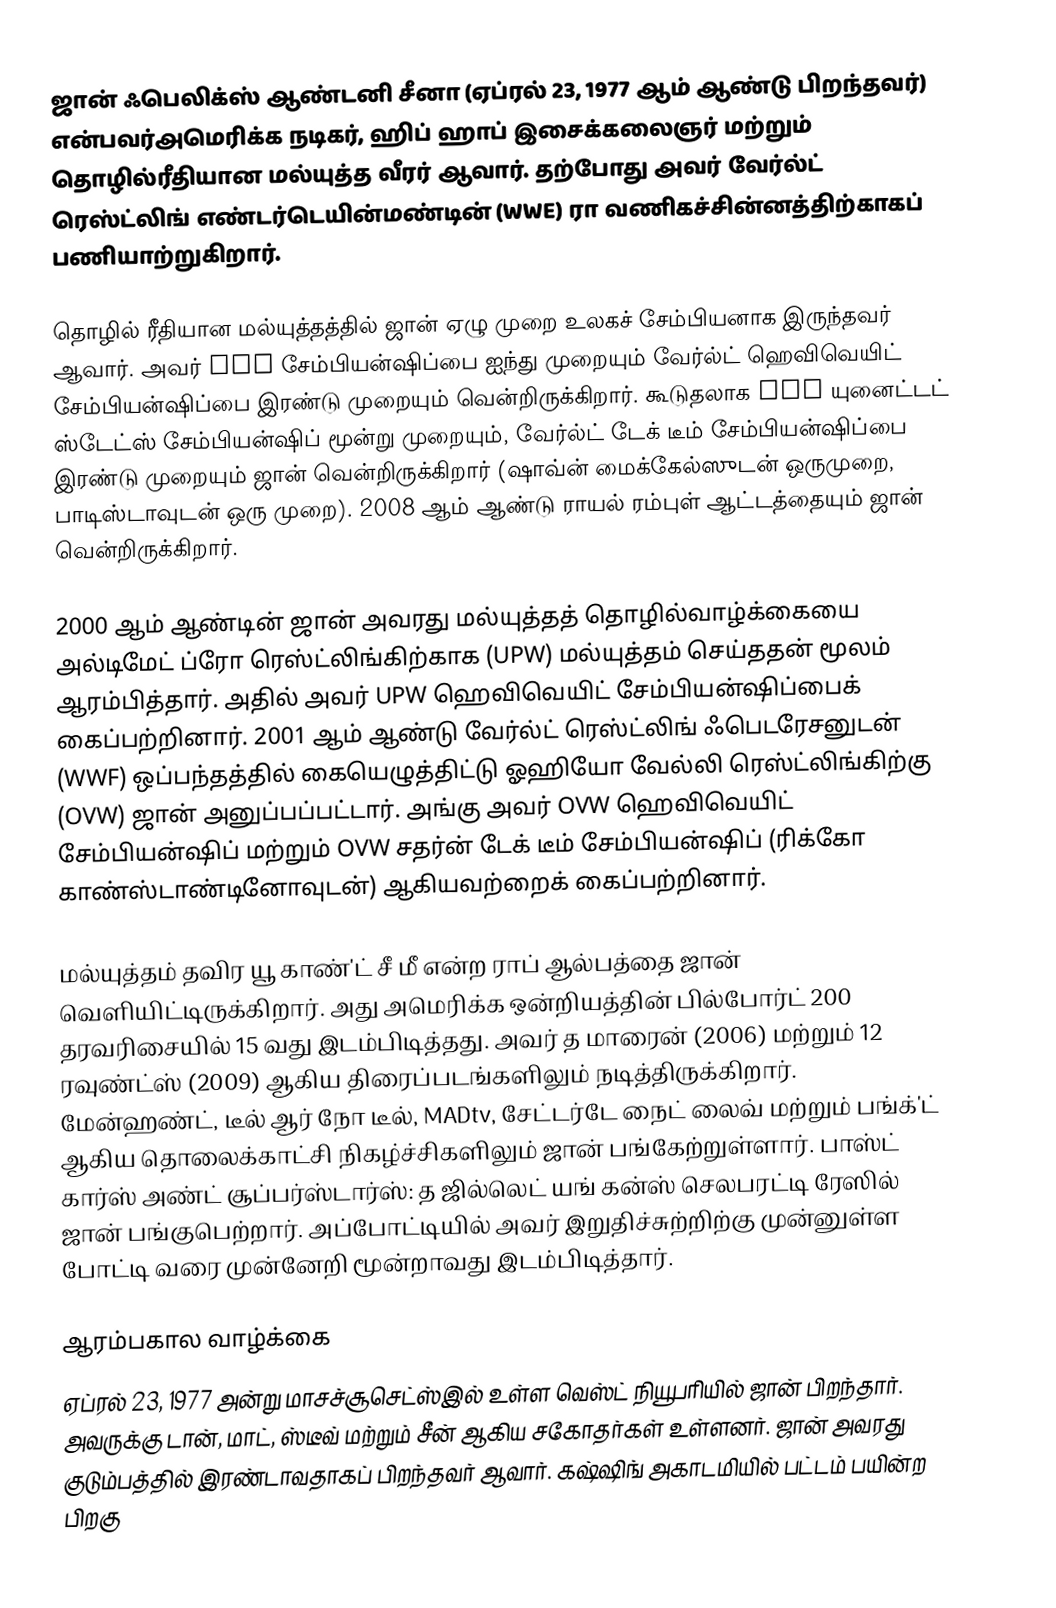
ஜான் ஃபெலிக்ஸ் ஆண்டனி சீனா  (ஏப்ரல் 23, 1977 ஆம் ஆண்டு பிறந்தவர்) என்பவர்அமெரிக்க நடிகர், ஹிப் ஹாப் இசைக்கலைஞர் மற்றும் தொழில்ரீதியான மல்யுத்த வீரர் ஆவார். தற்போது அவர் வேர்ல்ட் ரெஸ்ட்லிங் எண்டர்டெயின்மண்டின் (WWE) ரா வணிகச்சின்னத்திற்காகப் பணியாற்றுகிறார்.

தொழில் ரீதியான மல்யுத்தத்தில் ஜான் ஏழு முறை உலகச் சேம்பியனாக இருந்தவர் ஆவார். அவர் WWE சேம்பியன்ஷிப்பை ஐந்து முறையும் வேர்ல்ட் ஹெவிவெயிட் சேம்பியன்ஷிப்பை இரண்டு முறையும் வென்றிருக்கிறார். கூடுதலாக WWE யுனைட்டட் ஸ்டேட்ஸ் சேம்பியன்ஷிப் மூன்று முறையும், வேர்ல்ட் டேக் டீம் சேம்பியன்ஷிப்பை இரண்டு முறையும் ஜான் வென்றிருக்கிறார் (ஷாவ்ன் மைக்கேல்ஸுடன் ஒருமுறை, பாடிஸ்டாவுடன் ஒரு முறை). 2008 ஆம் ஆண்டு ராயல் ரம்புள் ஆட்டத்தையும் ஜான் வென்றிருக்கிறார்.

2000 ஆம் ஆண்டின் ஜான் அவரது மல்யுத்தத் தொழில்வாழ்க்கையை அல்டிமேட் ப்ரோ ரெஸ்ட்லிங்கிற்காக (UPW) மல்யுத்தம் செய்ததன் மூலம் ஆரம்பித்தார். அதில் அவர் UPW ஹெவிவெயிட் சேம்பியன்ஷிப்பைக் கைப்பற்றினார். 2001 ஆம் ஆண்டு வேர்ல்ட் ரெஸ்ட்லிங் ஃபெடரேசனுடன் (WWF) ஒப்பந்தத்தில் கையெழுத்திட்டு ஓஹியோ வேல்லி ரெஸ்ட்லிங்கிற்கு (OVW) ஜான் அனுப்பப்பட்டார். அங்கு அவர் OVW ஹெவிவெயிட் சேம்பியன்ஷிப் மற்றும் OVW சதர்ன் டேக் டீம் சேம்பியன்ஷிப் (ரிக்கோ காண்ஸ்டாண்டினோவுடன்) ஆகியவற்றைக் கைப்பற்றினார்.

மல்யுத்தம் தவிர யூ காண்'ட் சீ மீ என்ற ராப் ஆல்பத்தை ஜான் வெளியிட்டிருக்கிறார். அது அமெரிக்க ஒன்றியத்தின் பில்போர்ட் 200 தரவரிசையில் 15 வது இடம்பிடித்தது. அவர் த மாரைன் (2006) மற்றும் 12 ரவுண்ட்ஸ் (2009) ஆகிய திரைப்படங்களிலும் நடித்திருக்கிறார். மேன்ஹண்ட், டீல் ஆர் நோ டீல், MADtv, சேட்டர்டே நைட் லைவ் மற்றும் பங்க்'ட் ஆகிய தொலைக்காட்சி நிகழ்ச்சிகளிலும் ஜான் பங்கேற்றுள்ளார். பாஸ்ட் கார்ஸ் அண்ட் சூப்பர்ஸ்டார்ஸ்: த ஜில்லெட் யங் கன்ஸ் செலபரட்டி ரேஸில் ஜான் பங்குபெற்றார். அப்போட்டியில் அவர் இறுதிச்சுற்றிற்கு முன்னுள்ள போட்டி வரை முன்னேறி மூன்றாவது இடம்பிடித்தார்.

ஆரம்பகால வாழ்க்கை
ஏப்ரல் 23, 1977 அன்று மாசச்சூசெட்ஸ்இல் உள்ள வெஸ்ட் நியூபரியில் ஜான் பிறந்தார். அவருக்கு டான், மாட், ஸ்டீவ் மற்றும் சீன் ஆகிய சகோதர்கள் உள்ளனர். ஜான் அவரது குடும்பத்தில் இரண்டாவதாகப் பிறந்தவர் ஆவார். கஷ்ஷிங் அகாடமியில் பட்டம் பயின்ற பிறகு